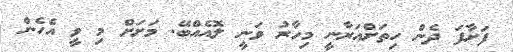
ފަށާފަ ދެން ހިތަށްއަރާނީ މިހާރު ވަނީ ލޮއެއްބޭ. މަށަށް މި ވީ އެހެން